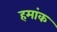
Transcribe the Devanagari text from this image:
हमांक